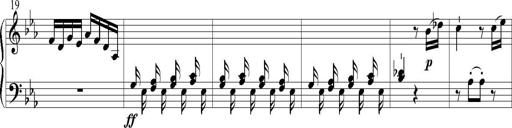
Title: 6 Leichte Sonatinen, Teil 1
Composer: F. Sigismund Sander